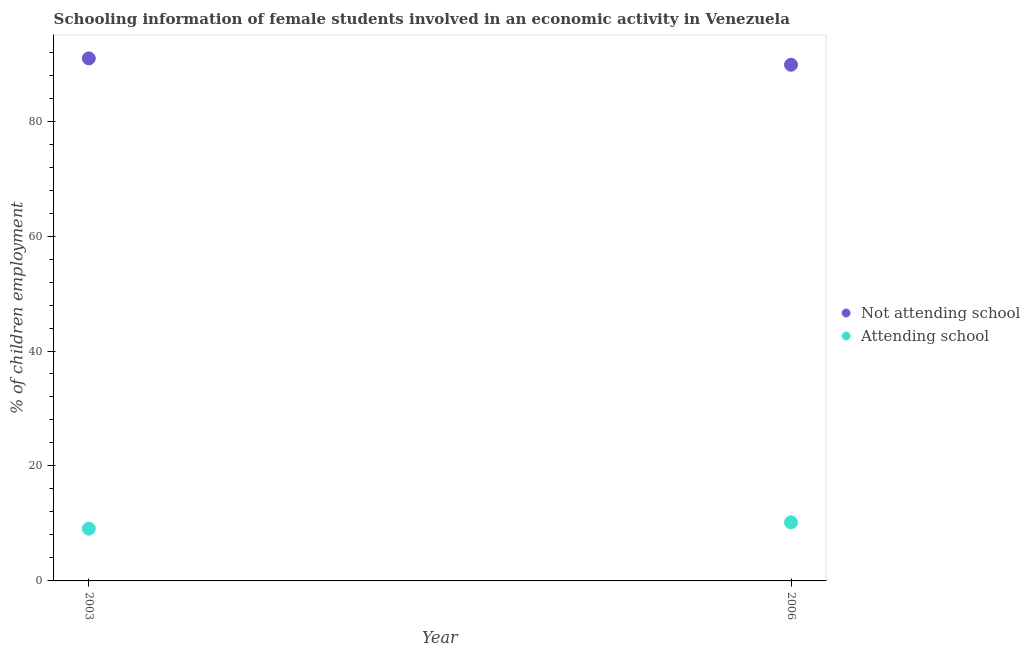
| Year | Not attending school | Attending school |
 | --- | --- | --- |
 | 2003 | 90.9 | 9.09 |
 | 2006 | 89.8 | 10.2 |